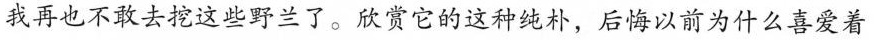
我再也不敢去挖这些野兰了。欣赏它们这种纯朴，后悔以前为什么喜爱着